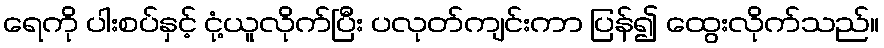
ရေကို ပါးစပ်နှင့် ငုံ့ယူလိုက်ပြီး ပလုတ်ကျင်းကာ ပြန်၍ ထွေးလိုက်သည်။